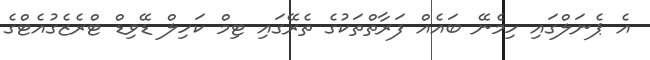
އެ ޕެނަލްގައި ހިމެނޭ ބައެއް ފަރާތްތަކުގެ ތެރޭގައި ޓިމް ކަހިލް ޑޭވިޑް ޓްރެޒެގުއެޓްގެ